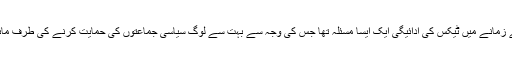
‏ یسوع مسیح کے زمانے میں ٹیکس کی ادائیگی ایک ایسا مسئلہ تھا جس کی وجہ سے بہت سے لوگ سیاسی جماعتوں کی حمایت کرنے کی طرف مائل ہو گئے تھے۔